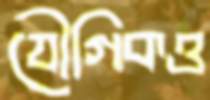
যৌগিকও